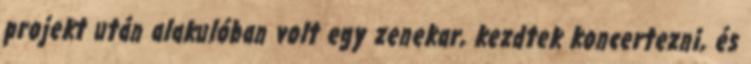
projekt után alakulóban volt egy zenekar, kezdtek koncertezni, és